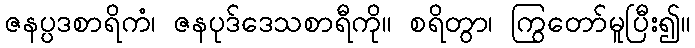
ဇနပ္ပဒစာရိကံ၊ ဇနပုဒ်ဒေသစာရီကို။ စရိတွာ၊ ကြွတော်မူပြီး၍။